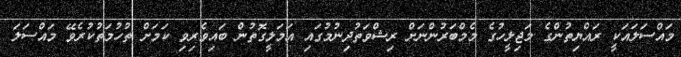
މައްސަލައަކީ ރައްޔިތުންގެ މަޖިލީހުގެ މެމްބަރުންނަށް ރިޝްވަތުދިނުމުގައި އަމަލީގޮތުން ބައިވެރިވި ކަމަށް ތުހުމަތުކުރެވޭ މައްސަލަ